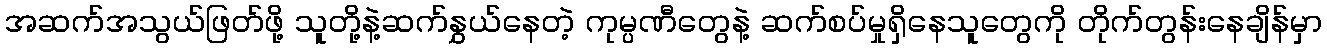
အဆက်အသွယ်ဖြတ်ဖို့ သူတို့နဲ့ဆက်နွှယ်နေတဲ့ ကုမ္ပဏီတွေနဲ့ ဆက်စပ်မှုရှိနေသူတွေကို တိုက်တွန်းနေချိန်မှာ